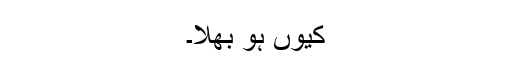
کیوں ہو بھلا۔